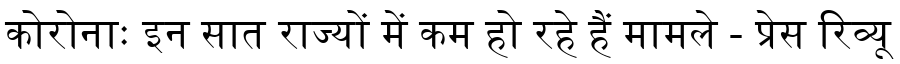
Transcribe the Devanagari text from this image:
कोरोनाः इन सात राज्यों में कम हो रहे हैं मामले - प्रेस रिव्यू